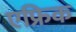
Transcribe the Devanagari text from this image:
एफ्रिक